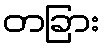
တခြား